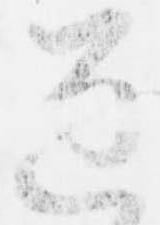
逐